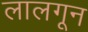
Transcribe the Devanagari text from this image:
लालगून